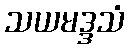
သယမဒ္ဒသံ